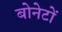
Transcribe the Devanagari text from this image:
बोनेटों